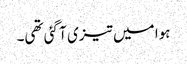
ہوا میں تیزی آ گئی تھی۔